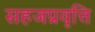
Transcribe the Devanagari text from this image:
सहजप्रवृत्ति